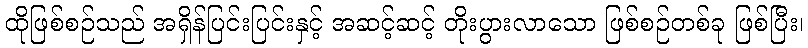
ထိုဖြစ်စဉ်သည် အရှိန်ပြင်းပြင်းနှင့် အဆင့်ဆင့် တိုးပွားလာသော ဖြစ်စဉ်တစ်ခု ဖြစ်ပြီး၊